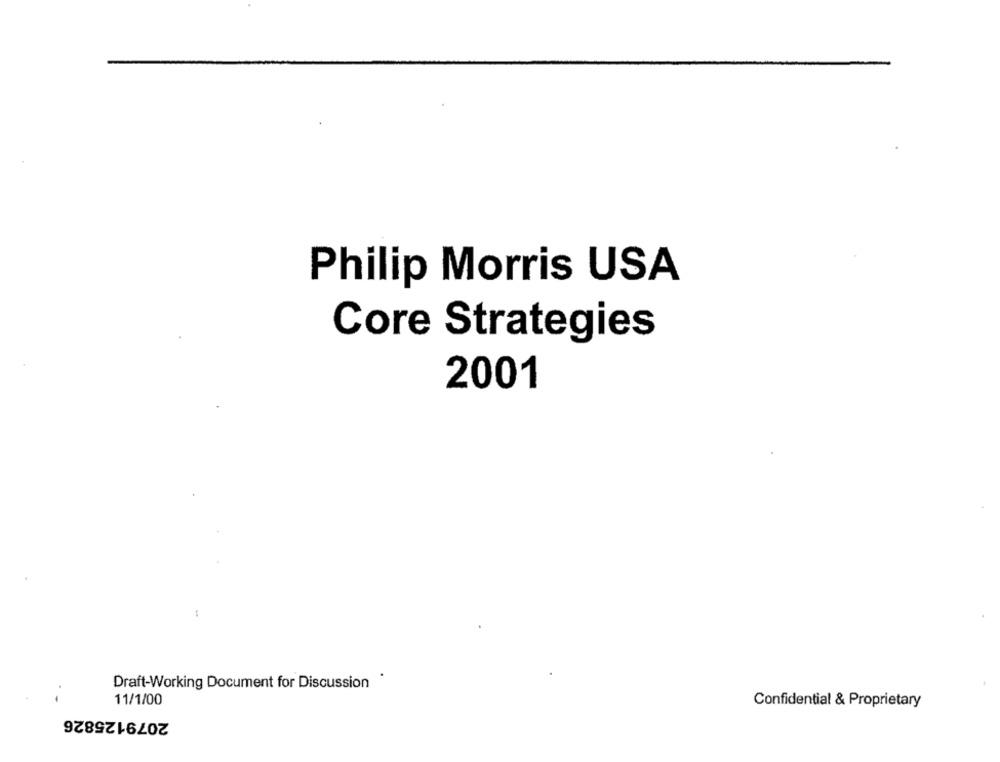
Philip Morris USA
Core Strategies
2001
Draft-Working Document for Discussion
11/1/00
Confidential & Proprietary
2079125826